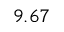
9 . 6 7